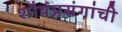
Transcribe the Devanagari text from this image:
शौर्यप्रसंगांची